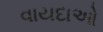
વાયદાઓ